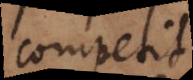
competit